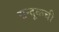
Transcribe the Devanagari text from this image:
सन्दूकची